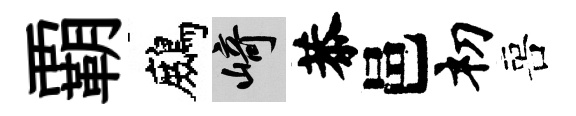
覇鷓崎恭邑𥘉喜